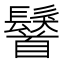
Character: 𩯢